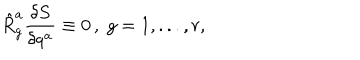
\hat { R } _ { g } ^ { a } \frac { \delta S } { \delta q ^ { a } } \equiv 0 \, , \; g = 1 , . . . , r ,